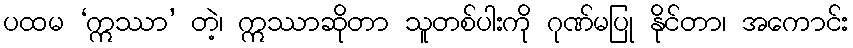
ပထမ ‘ဣဿာ’ တဲ့၊ ဣဿာဆိုတာ သူတစ်ပါးကို ဂုဏ်မပြု နိုင်တာ၊ အကောင်း